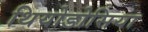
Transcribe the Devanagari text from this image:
थियोडोसिया